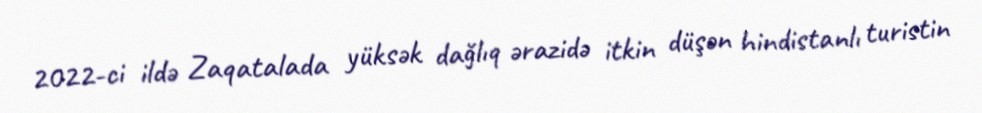
2022-ci ildə Zaqatalada yüksək dağlıq ərazidə itkin düşən hindistanlı turistin